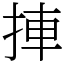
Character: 捙